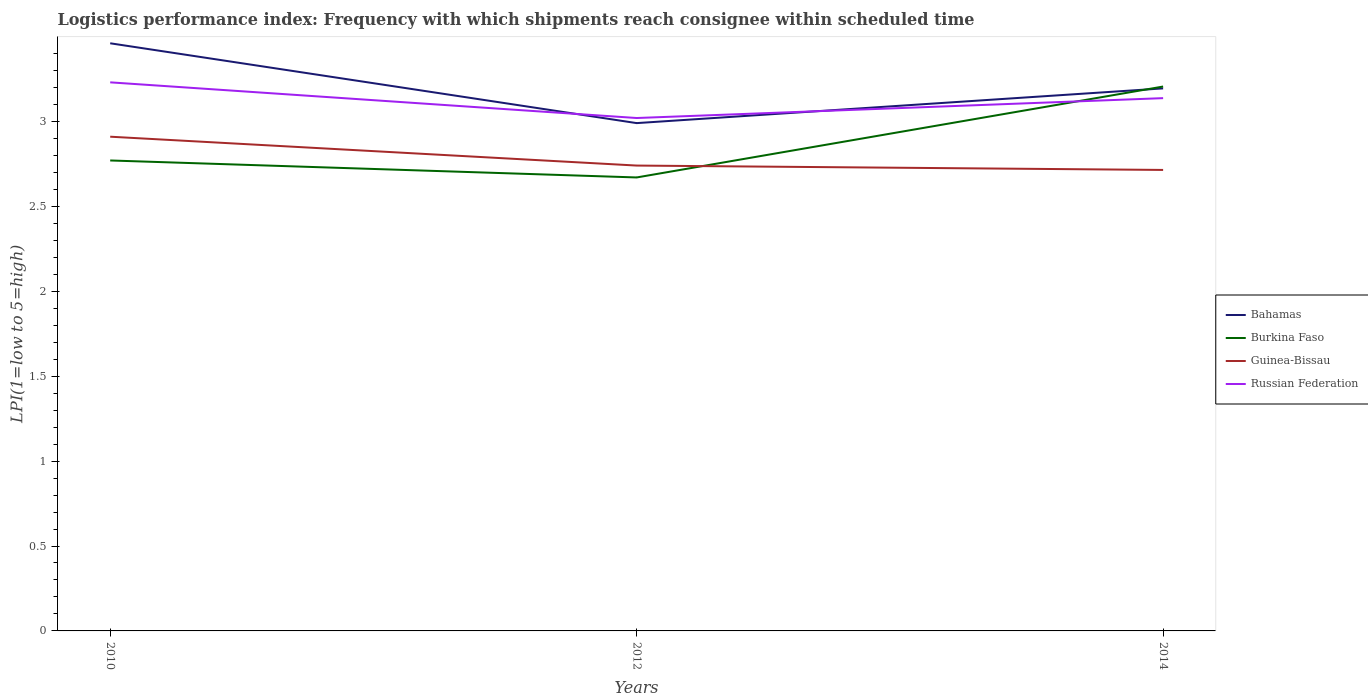
| Years | Bahamas | Burkina Faso | Guinea-Bissau | Russian Federation |
 | --- | --- | --- | --- | --- |
 | 2010 | 3.46 | 2.77 | 2.91 | 3.23 |
 | 2012 | 2.99 | 2.67 | 2.74 | 3.02 |
 | 2014 | 3.19 | 3.21 | 2.71 | 3.14 |